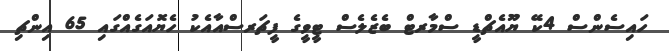
ހައިސެންްސް 4ކޭ ޔޫއެޗްޑީ ސްމާރޓް ބެޒެލެސް ޓީވީގެ ފީޗަރސްއާއެކު ހެޔޮއަގެއްގައި 65 އިންޗި